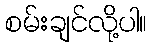
စမ်းချင်လို့ပါ။